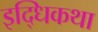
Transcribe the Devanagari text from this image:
इद्धिकथा